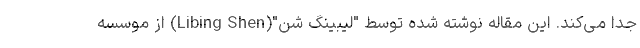
جدا می‌کند. این مقاله نوشته شده توسط "لیبینگ شن"(Libing Shen) از موسسه